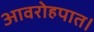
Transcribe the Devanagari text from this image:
आवरोहपात।